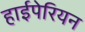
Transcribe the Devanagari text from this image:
हाईपेरियन